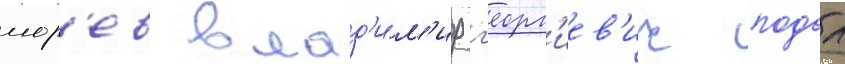
мор'ев влад'и́м'ир г'еорг'иев'ич подал